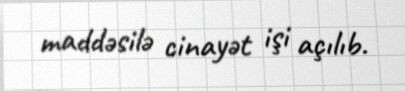
maddəsilə cinayət işi açılıb.